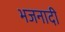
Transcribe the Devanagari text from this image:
भजनादी